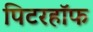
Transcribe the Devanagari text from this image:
पिटरहॉफ